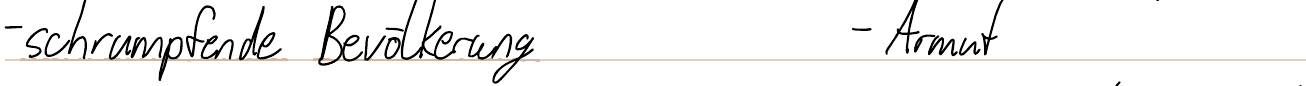
- schrumpfende Bevölkerung    - Armut